Source: Handwritten
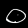
Digit: ၀ (0)